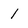
Character: 1